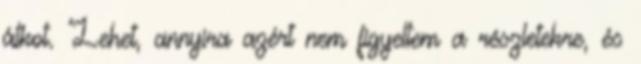
átkot. Lehet, annyira azért nem figyeltem a részletekre, és